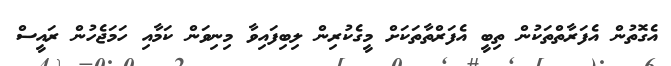
އެގޮތުން އެފަރާތްތަކުން ތިބީ އެފަރްތާތަކަށް މީގެކުރިން ލިބިފައިވާ މިނިވަން ކަމާއި ހަމަޖެހުން ރައީސް